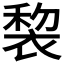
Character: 𧚩